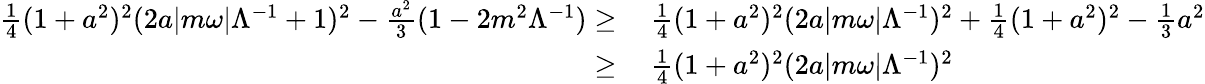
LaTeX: \begin{array}{rl}{\frac{1}{4}(1+a^{2})^{2}(2a|m\omega|\Lambda^{-1}+1)^{2}-\frac{a^{2}}{3}(1-2m^{2}\Lambda^{-1})\geq}&{\: \frac{1}{4}(1+a^{2})^{2}(2a|m\omega|\Lambda^{-1})^{2}+\frac{1}{4}(1+a^{2})^{2}-\frac{1}{3}a^{2}}\\ {\geq}&{\: \frac{1}{4}(1+a^{2})^{2}(2a|m\omega|\Lambda^{-1})^{2}}\end{array}